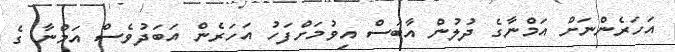
އަހަރެންނަށް އަމްނާގެ ދުލުން އާބަސް އިވުމަށްފަހު އަހަރެން އަބަދުވެސް އަމްނާ ގެ